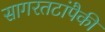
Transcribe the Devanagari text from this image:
सागरतटांपैकी